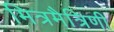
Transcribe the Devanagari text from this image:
मित्रमैत्रिणी